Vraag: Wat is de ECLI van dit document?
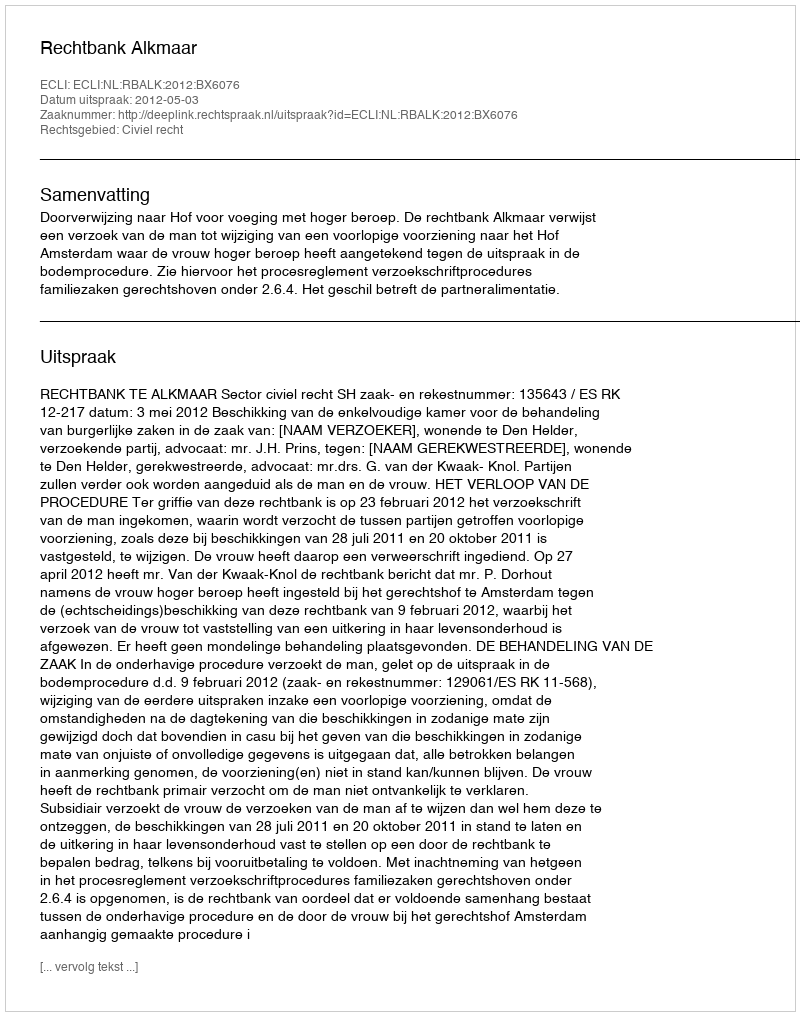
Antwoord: ECLI:NL:RBALK:2012:BX6076